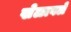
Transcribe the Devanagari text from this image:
खेळावले